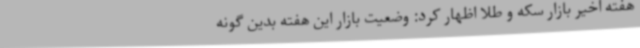
هفته اخیر بازار سکه و طلا اظهار کرد: وضعیت بازار این هفته بدین گونه